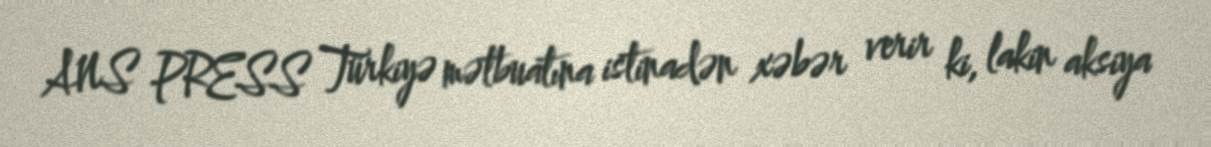
ANS PRESS Türkiyə mətbuatına istinadən xəbər verir ki, lakin aksiya